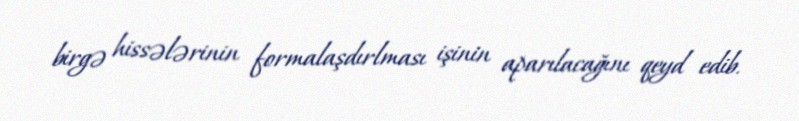
birgə hissələrinin formalaşdırlması işinin aparılacağını qeyd edib.